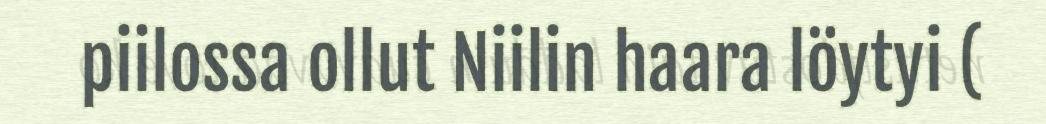
piilossa ollut Niilin haara löytyi (